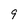
Character: 9